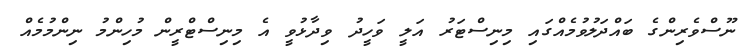
ނޫސްވެރިންގެ ބައްދަލުވުމެއްގައި މިނިސްޓަރު އަލީ ވަހީދު ވިދާޅުވީ އެ މިނިސްޓްރީން މުހިންމު ނިންމުމެއް